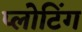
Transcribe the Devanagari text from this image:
प्लोटिंग